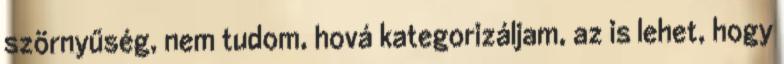
szörnyűség, nem tudom, hová kategorizáljam, az is lehet, hogy